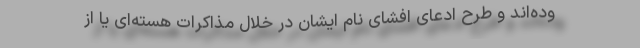
وده‌اند و طرح ادعای افشای نام ایشان در خلال مذاکرات هسته‌ای یا از